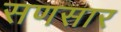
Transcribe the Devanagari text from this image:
सणसार